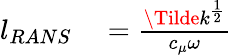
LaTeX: \begin{array}{rl}{l_{RANS}}&{{}=\frac{\Tilde{k}^{\frac{1}{2}}}{c_{\mu}\omega}}\end{array}